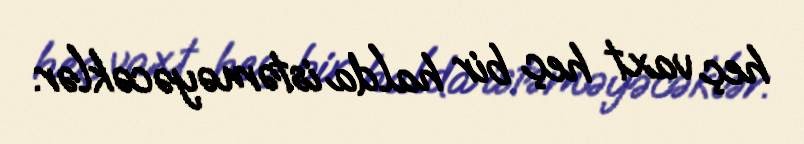
heç vaxt heç bir halda istəməyəcəklər.